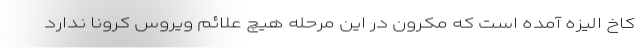
کاخ الیزه آمده است که مکرون در این مرحله هیچ علائم ویروس کرونا ندارد